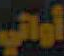
أواني